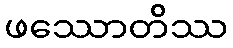
ဖဿောတိဿ